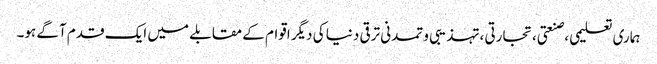
ہماری تعلیمی ،صنعتی، تجارتی ،تہذیبی و تمدنی ترقی دنیا کی دیگر اقوام کے مقابلے میں ایک قدم آگے ہو۔